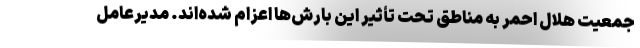
جمعیت هلال احمر به مناطق تحت تأثیر این بارش‌ها اعزام شده‌اند. مدیرعامل